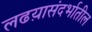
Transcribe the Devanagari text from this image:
लढय़ासंदर्भातील